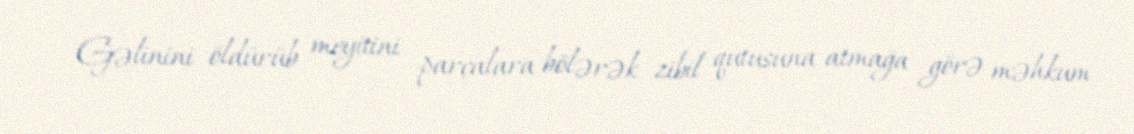
Gəlinini öldürüb meyitini parçalara bölərək zibil qutusuna atmağa görə məhkum